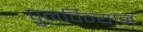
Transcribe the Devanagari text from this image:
पुनर्विन्यान